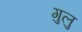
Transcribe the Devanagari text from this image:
गुलु